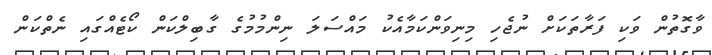
ވާގޮތުން ވަކި ފަރާތަކަށް ނުޖެހި މިނިވަންކަމާއެކު މައްސަލަ ނިންމުމުގެ ގާބިލްކަން ކޯޓެއްގައި ނެތްކަން